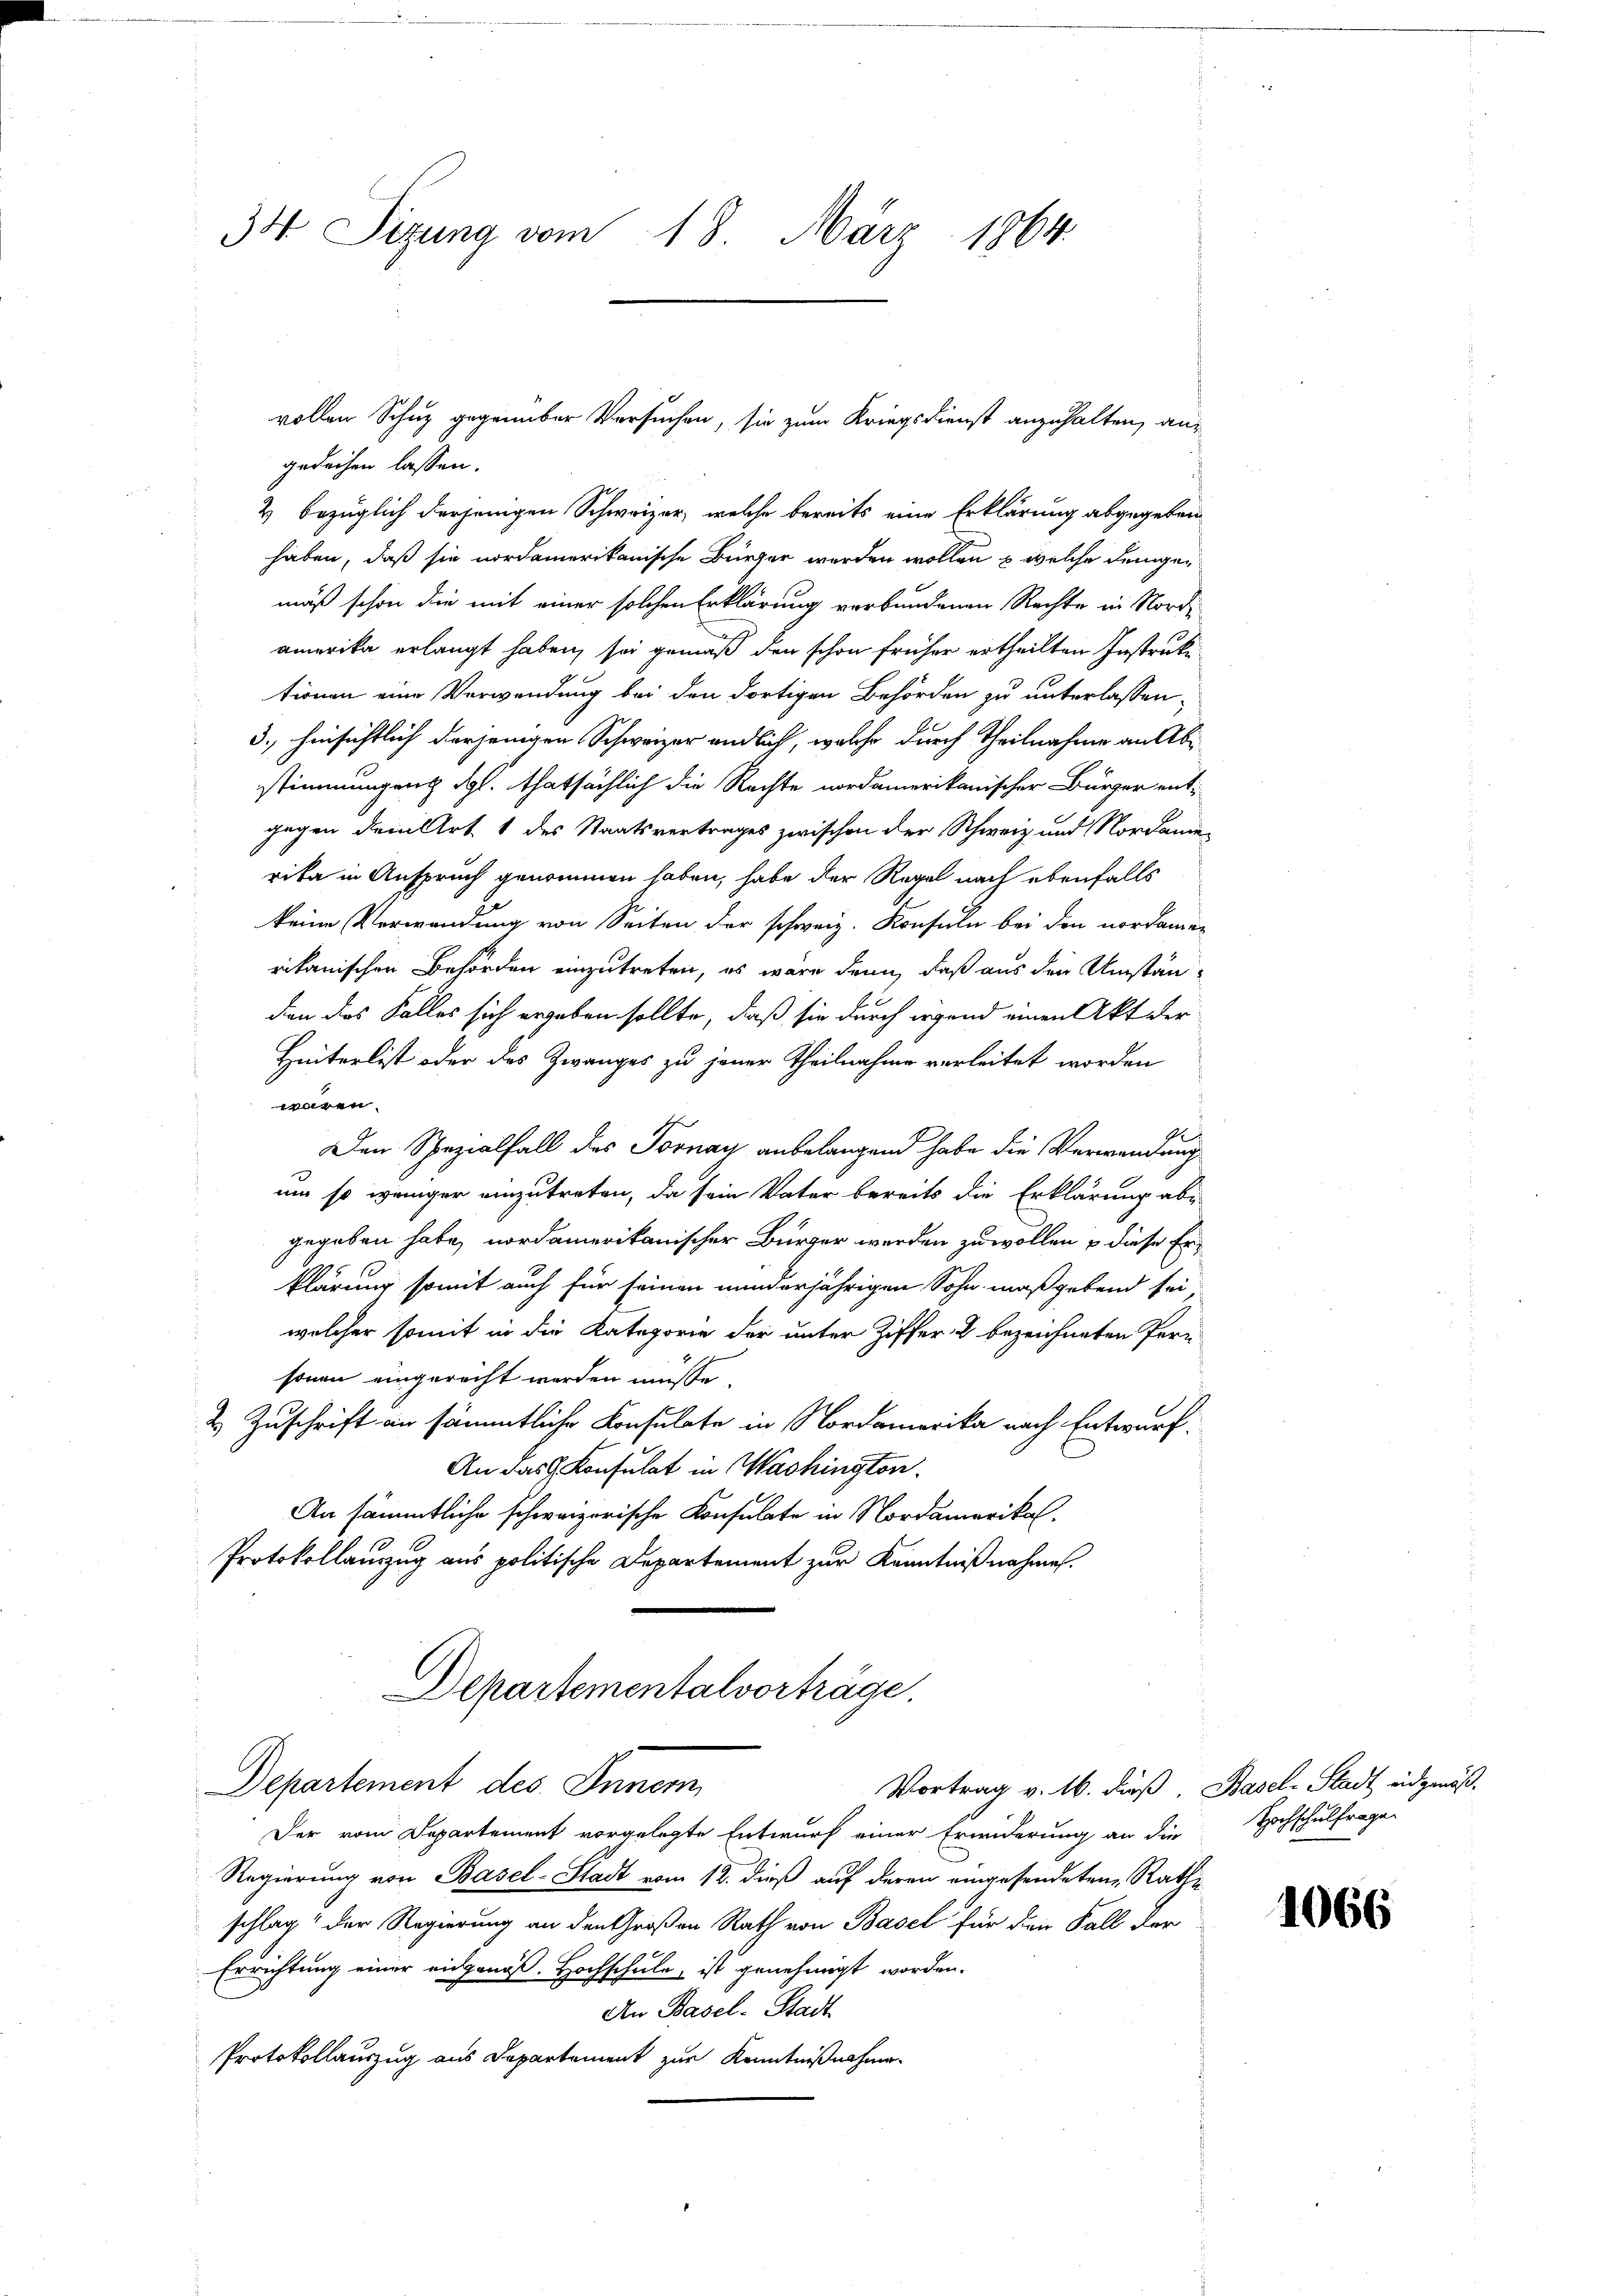
34 Sizung vom 18. März 1864.

2 bezüglich derjenigen Schweizer, welche bereits eine Erklärung abgegeben
haben, daß sie nordamerikanische Bürger werden wollen & welche denger
mäß schon die mit einer solchen Erklärung verbundenen Rechte in Nord-
amerika erlangt haben, sei gemäß den schon früher ertheilten Instruktionen eine Verwendung bei den dortigen Behörden zu unterlassen,
3., hinsichtlich derjenigen Schweizer endlich, welche durch Theilnahme an Abstimmungen & dgl. thatsächlich die Rechte nordamerikanischer Bürger entgegen dem Art. 1 des Staatsvertrages zwischen der Schweiz und Nordamen
rita in Anspruch genommen haben, habe der Regel nach ebenfalls
keine Verwendung von Seiten der schweiz. Konsuln bei den nordamen
rikanischen Behörden einzutreten, es wäre dann, daß aus den Umständen das Falles sich ergeben sollte, daß sie durch irgend einen Akt der
Hinterlist oder des Zwanges zu jener Theilnahme verleitet worden
waren.
d
Den Spezialfall des Tornay anbelangend habe die Verwendung
um so weniger einzutreten, da sein Vater bereits die Erklärung ab-
gegeben habe, nordamerikanischer Bürger werden zu wollen & diese Erklärung somit auch für seinen minderjährigen Sohn maßgebend sei,
welcher somit in die Kategorie der unter Ziffer & bezeichneten Per-
sonen eingerecht werden müsse.
2 Zuschrift an sämmtliche Konsulate in Nordamerika nach Entwurf.
An das Konsulat in Washington.
An sämmtliche schweizerische Konsulate in Nordamerikal-
Protokollauszug aus politische Departement zur Kenntnißnahmen.
Departementalvorträge.
Departement des Inner
Vortrag v. 16. dieß, Basel-Stadt eidgenöß¬
Der vom Departement vorgelegte Entwurf einer Erinderung an die Hochschulfragen
Regierung von Basel-Stadt vom 12. dieß auf deren eingesendeten Rathe
schlag der Regierung an den Großen Rath von Basel für den Fall der
Errichtung einer eidgenoß. Hochschule, ist genehmigt worden.
An Basel-Stadt
Protokollauszug aus Departement zur Kenntnißnahme

vollen Schuz gegenüber Versuchen, sie zum Kriegsdienst anzuhalten, angedeihen lassen.

1066